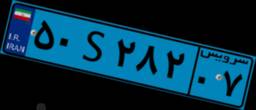
۴۷S۸۷۲۵۵